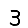
Digit: 3